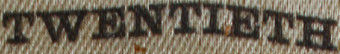
TWENTIETH